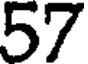
57